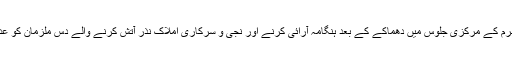
2010ء)کراچی میں محرم کے مرکزی جلوس میں دھماکے کے بعد ہنگامہ آرائی کرنے اور نجی و سرکاری املاک نذر آتش کرنے والے دس ملزمان کو عدالت میں پیش کردیا گیا ۔